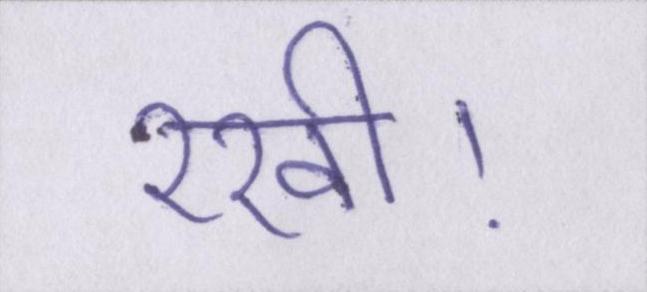
रखी।